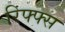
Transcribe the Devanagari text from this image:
रिफ्फ्स